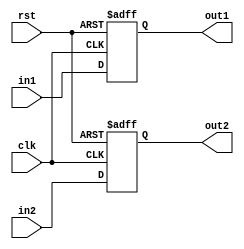
`timescale 1ns/1ns
module reg32bit(
		input clk,
		input rst,
		input [31:0]in1,
		input [31:0]in2,
		output reg [31:0]out1,
		output reg [31:0]out2
	);
always@(posedge clk, posedge rst)begin
	if(rst)begin
		out1<=32'd0;
		out2<=32'd0;
	end
	else begin
		out1<=in1;
		out2<=in2;
	end
end
endmodule